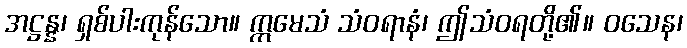
အဋ္ဌန္န၊ ရှစ်ပါးကုန်သော။ ဣမေသံ သံဝရာနံ၊ ဤသံဝရတို့၏။ ဝသေန၊